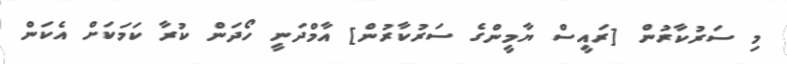
މި ސަރުކާރުން [ރައީސް ޔާމީންގެ ސަރުކާރުން] އާމްދަނީ ހޯދަން ކުރާ ކަމަކަށް އެކަން